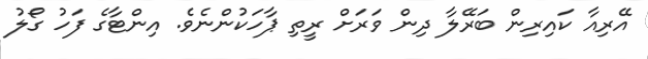
އޭރިއާ ކައިރިން ބަރޭލާ ދިން ވަރަށް ރީތި ޕާހަކުންނެވެ. އިންޓާގެ ފަހު ގޯލު